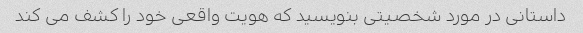
داستانی در مورد شخصیتی بنویسید که هویت واقعی خود را کشف می کند